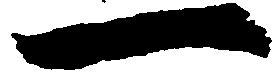
一